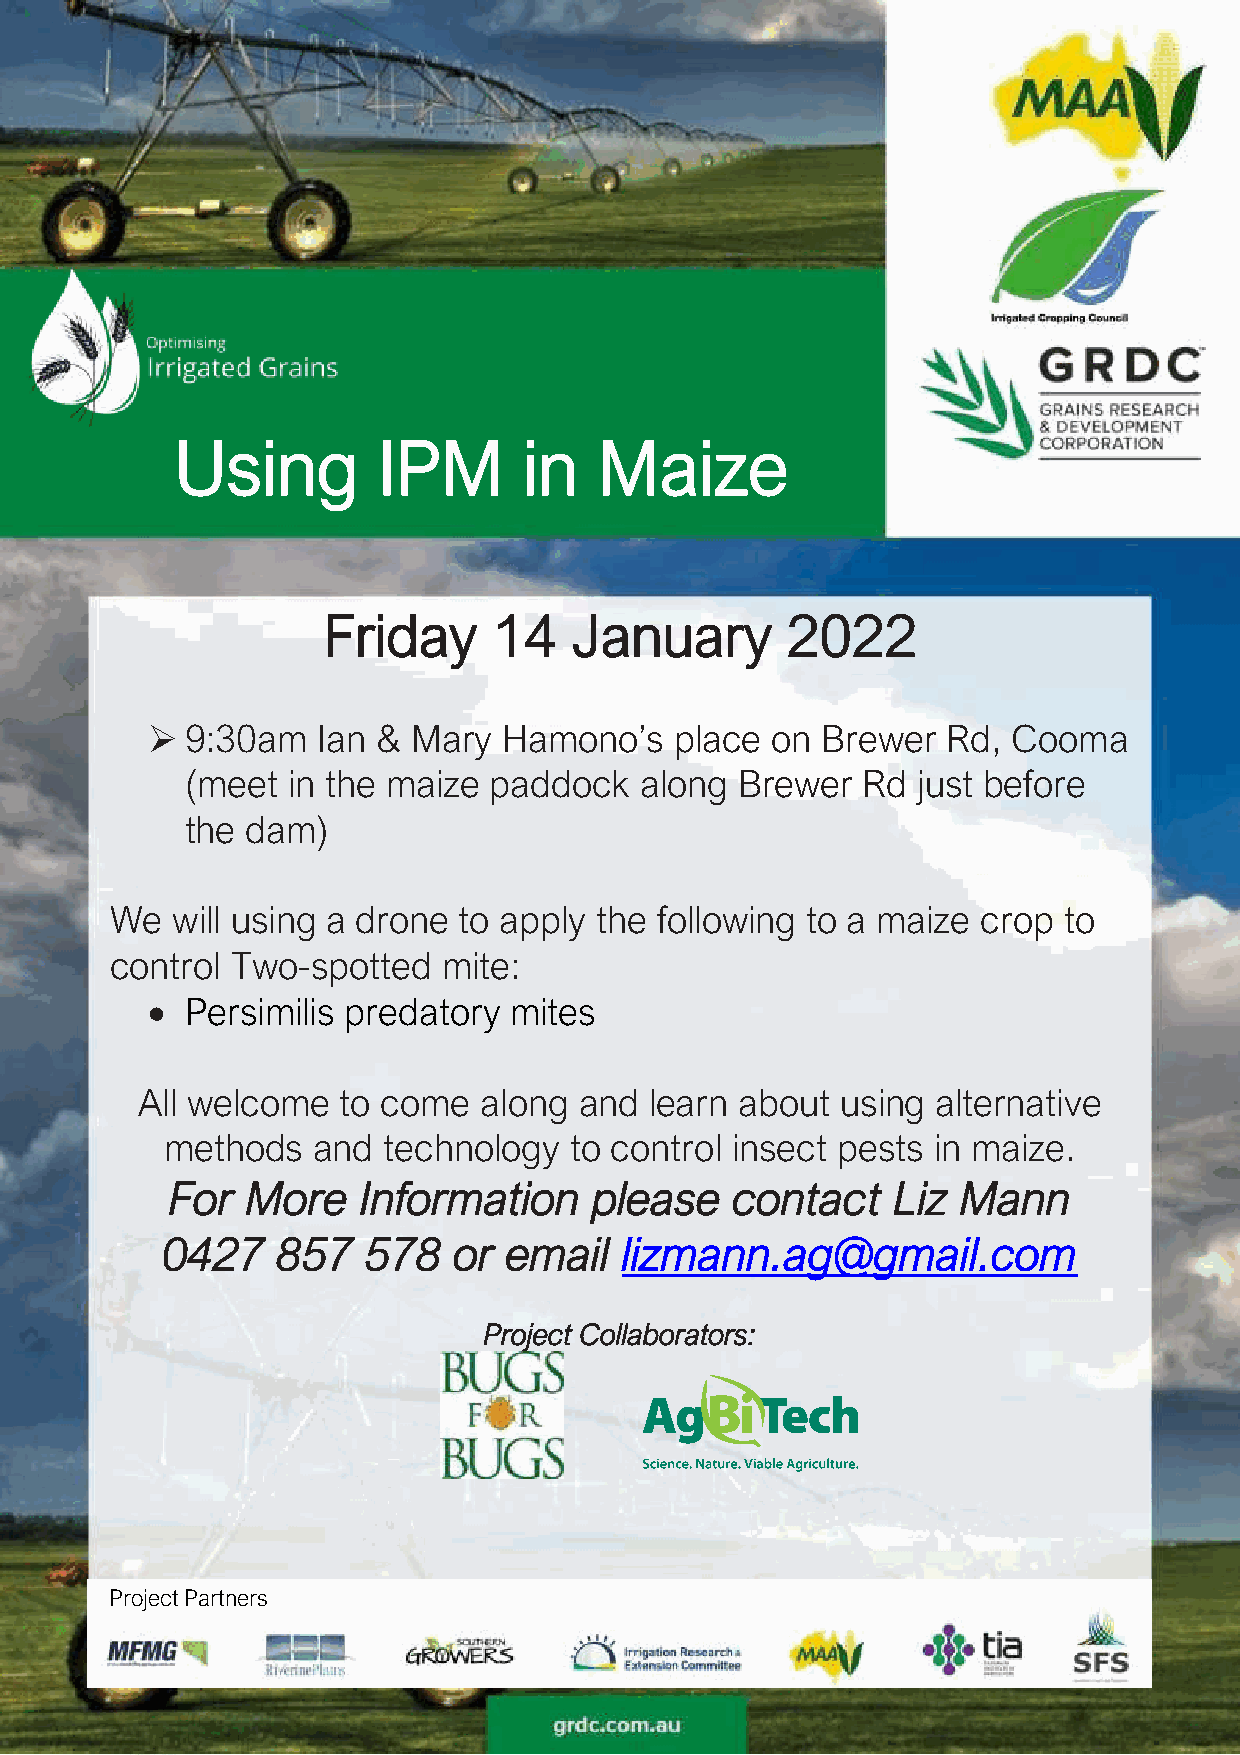
Using        IPM       in   Maize
 Friday      14   January       2022
 ➢ 9:30am   Ian & Mary  Hamono’s    place on Brewer   Rd, Cooma
 (meet  in the maize paddock   along  Brewer  Rd  just before
 the dam)
 We  will using a drone to apply the following to a maize  crop to
 control Two-spotted   mite:
 • Persimilis predatory  mites
 All welcome   to come  along and  learn about  using alternative
 methods   and technology   to control insect pests in maize.
 For  More    Information    please    contact   Liz  Mann
 0427   857   578   or  email  lizmann.ag@gmail.com
 Project Collaborators:
 Project Partners